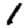
Digit: 1